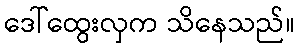
ဒေါ်ထွေးလှက သိနေသည်။